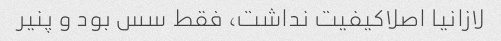
لازانیا اصلاکیفیت نداشت، فقط سس بود و پنیر